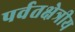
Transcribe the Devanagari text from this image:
पर्वतक्षेत्रीय